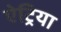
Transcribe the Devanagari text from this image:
ऐट्रिया